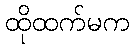
ထိုထက်မက